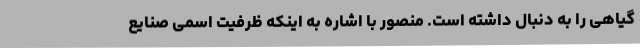
گیاهی را به دنبال داشته است. منصور با اشاره به اینکه ظرفیت اسمی صنایع